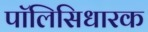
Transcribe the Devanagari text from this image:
पॉलिसिधारक